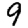
Digit: 9